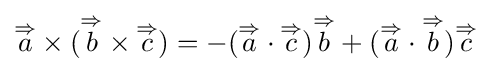
{\overset {\Rightarrow }{a}}\times ({\overset {\Rightarrow }{b}}\times {\overset {\Rightarrow }{c}})=-({\overset {\Rightarrow }{a}}\cdot {\overset {\Rightarrow }{c}}){\overset {\Rightarrow }{b}}+({\overset {\Rightarrow }{a}}\cdot {\overset {\Rightarrow }{b}}){\overset {\Rightarrow }{c}}